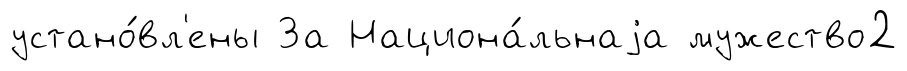
устано́вл'ены За Национа́льнаjа мужество2